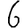
Digit: 6